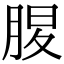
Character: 𦜄